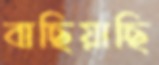
বাছিয়াছি